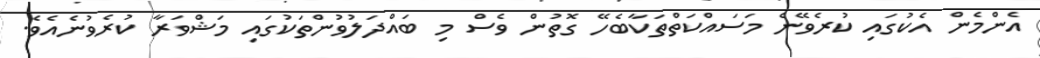
އެންމެން އެކުގައި ކުރެވޭނެ މަސައްކަތްތަކާބެހޭ ގޮތުން ވެސް މި ބައްދަލުވުންތަކުގައި މަޝްވަރާ ކުރެވުނެއެވެ.